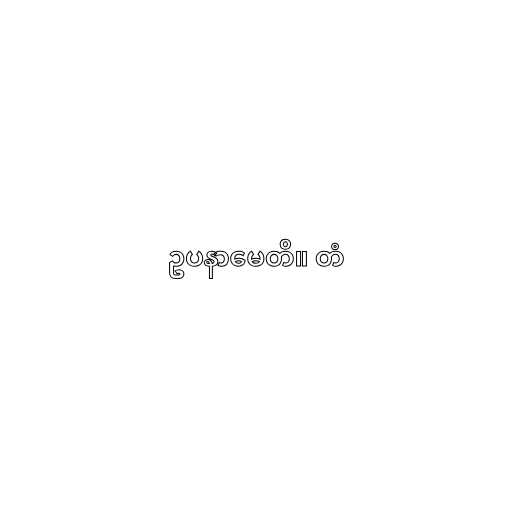
ဥပနာမေတိ။ တံ